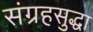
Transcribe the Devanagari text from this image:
संग्रहसुद्धा